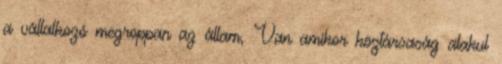
a vállalkozó megroppan az állam, Van amikor köztársaság alakul